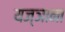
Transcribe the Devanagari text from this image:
यज्ञाना